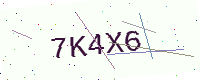
Text: 7K4X6